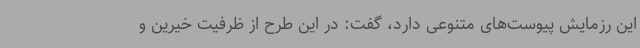
این رزمایش پیوست‌های متنوعی دارد، گفت: در این طرح از ظرفیت خیرین و